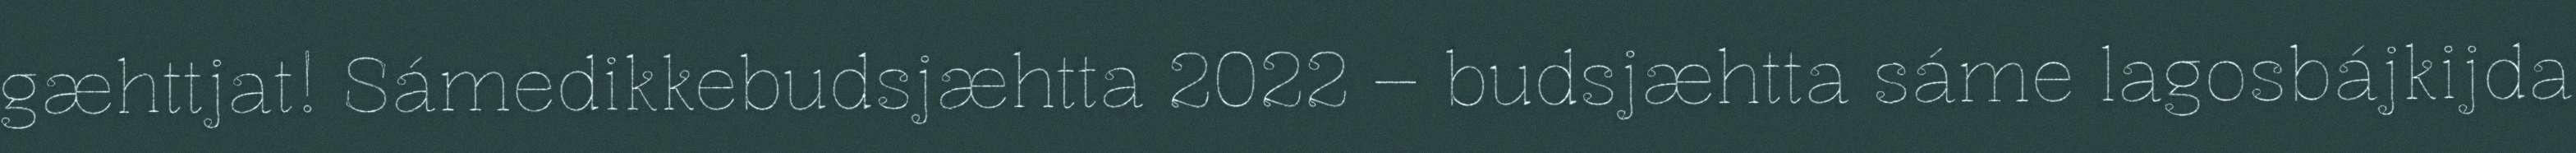
gæhttjat! Sámedikkebudsjæhtta 2022 – budsjæhtta sáme lagosbájkijda